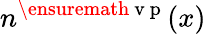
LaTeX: n^{\ensuremath{\mathrm{~v~p~}}}(x)